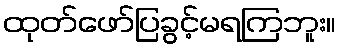
ထုတ်ဖော်ပြခွင့်မရကြဘူး။